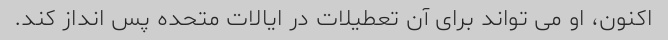
اکنون، او می تواند برای آن تعطیلات در ایالات متحده پس انداز کند.